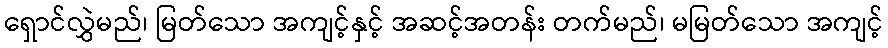
ရှောင်လွှဲမည်၊ မြတ်သော အကျင့်နှင့် အဆင့်အတန်း တက်မည်၊ မမြတ်သော အကျင့်